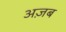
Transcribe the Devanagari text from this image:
अज़ब